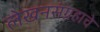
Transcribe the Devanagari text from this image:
लेखनसंग्रहाचे